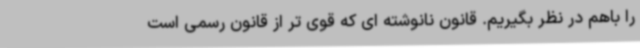
را باهم در نظر بگیریم. قانون نانوشته ای که قوی تر از قانون رسمی است